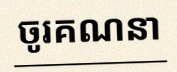
ចូរគណនា